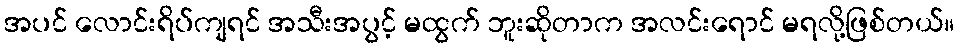
အပင် လောင်းရိပ်ကျရင် အသီးအပွင့် မထွက် ဘူးဆိုတာက အလင်းရောင် မရလို့ဖြစ်တယ်။